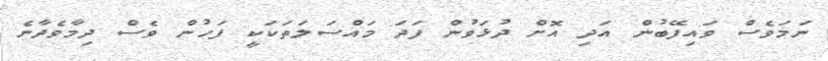
ނަމަވެސް ވައިފޭބުން އަދި އޮށް ދުޅަވުން ފަދަ މައްސަލަތަކަކީ ފަހުން ވެސް ދިމާވެދާނެ